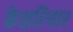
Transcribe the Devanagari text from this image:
केशरियार